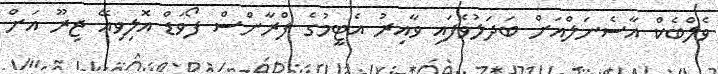
ވެލްބެކް އާސެނަލްއަށް ބަދަލުވެފައި ވާއިރު އެޓީމުގެ ފްރާންސް ފޯވަޑް އޮލިވިއޭ ޖިރޫ އަށް